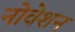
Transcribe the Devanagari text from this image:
नोवेशन